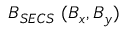
B _ { S E C S } ~ ( B _ { x } , B _ { y } )